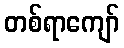
တစ်ရာကျော်